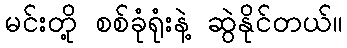
မင်းတို့ စစ်ခုံရုံးနဲ့ ဆွဲနိုင်တယ်။